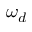
\omega _ { d }